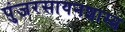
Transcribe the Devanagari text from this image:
पुंजरसायनशास्त्र